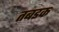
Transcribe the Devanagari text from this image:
तबडक